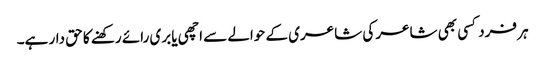
ہر فرد کسی بھی شاعر کی شاعری کے حوالے سے اچھی یا بری رائے رکھنے کا حق دار ہے۔